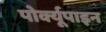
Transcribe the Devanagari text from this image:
पोर्क्यूपाइन